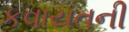
કવાયતની